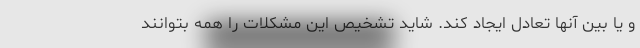
و یا بین آنها تعادل ایجاد کند. شاید تشخیص این مشکلات را همه بتوانند